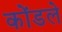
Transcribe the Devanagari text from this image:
कोंडले